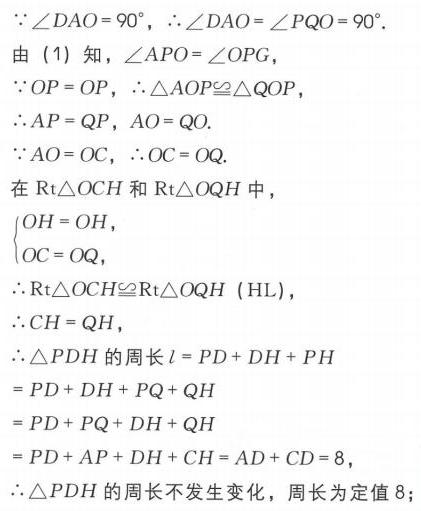
$\because\angle DAO = 90^{\circ}$，$\therefore\angle DAO=\angle PQO = 90^{\circ}$.
由 (1) 知，$\angle APO=\angle OPG$，
$\because OP = OP$，$\therefore\triangle AOP\cong\triangle QOP$，
$\therefore AP = QP$，$AO = QO$.
$\because AO = OC$，$\therefore OC = OQ$.
在$\text{Rt}\triangle OCH$和$\text{Rt}\triangle OQH$中，
$\begin{cases}OH = OH,\\OC = OQ,\end{cases}$
$\therefore\text{Rt}\triangle OCH\cong\text{Rt}\triangle OQH$ (HL)，
$\therefore CH = QH$，
$\therefore\triangle PDH$的周长$l = PD + DH+PH$
$= PD + DH + PQ + QH$
$= PD + PQ+DH + QH$
$= PD + AP+DH + CH=AD + CD = 8$，
$\therefore\triangle PDH$的周长不发生变化，周长为定值$8$，